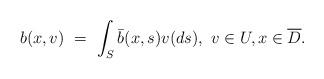
LaTeX: \begin{align*}b(x, v) \ = \ \int_{S} \Bar{b}(x, s) v(ds) , \ v \in U, x \in \overline{D}.\end{align*}